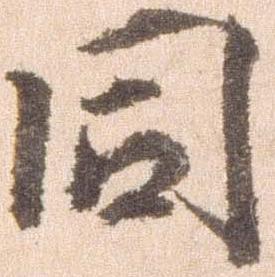
同